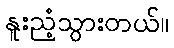
နူးညံ့သွားတယ်။